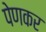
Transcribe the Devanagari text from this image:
पेणकर